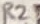
Text: R23